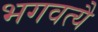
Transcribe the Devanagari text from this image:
भगवत्यै